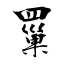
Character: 罺